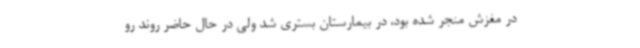
در مغزش منجر شده بود، در بیمارستان بستری شد ولی در حال حاضر روند رو